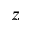
z